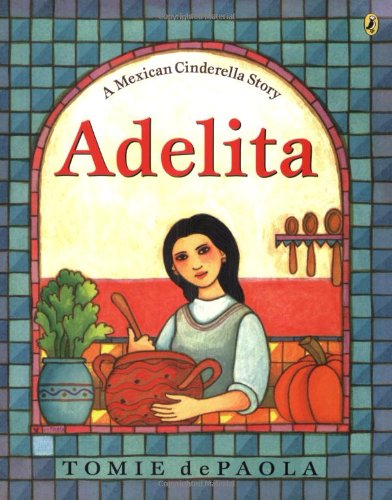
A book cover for Adelita; Tomie dePaola; Children's Books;